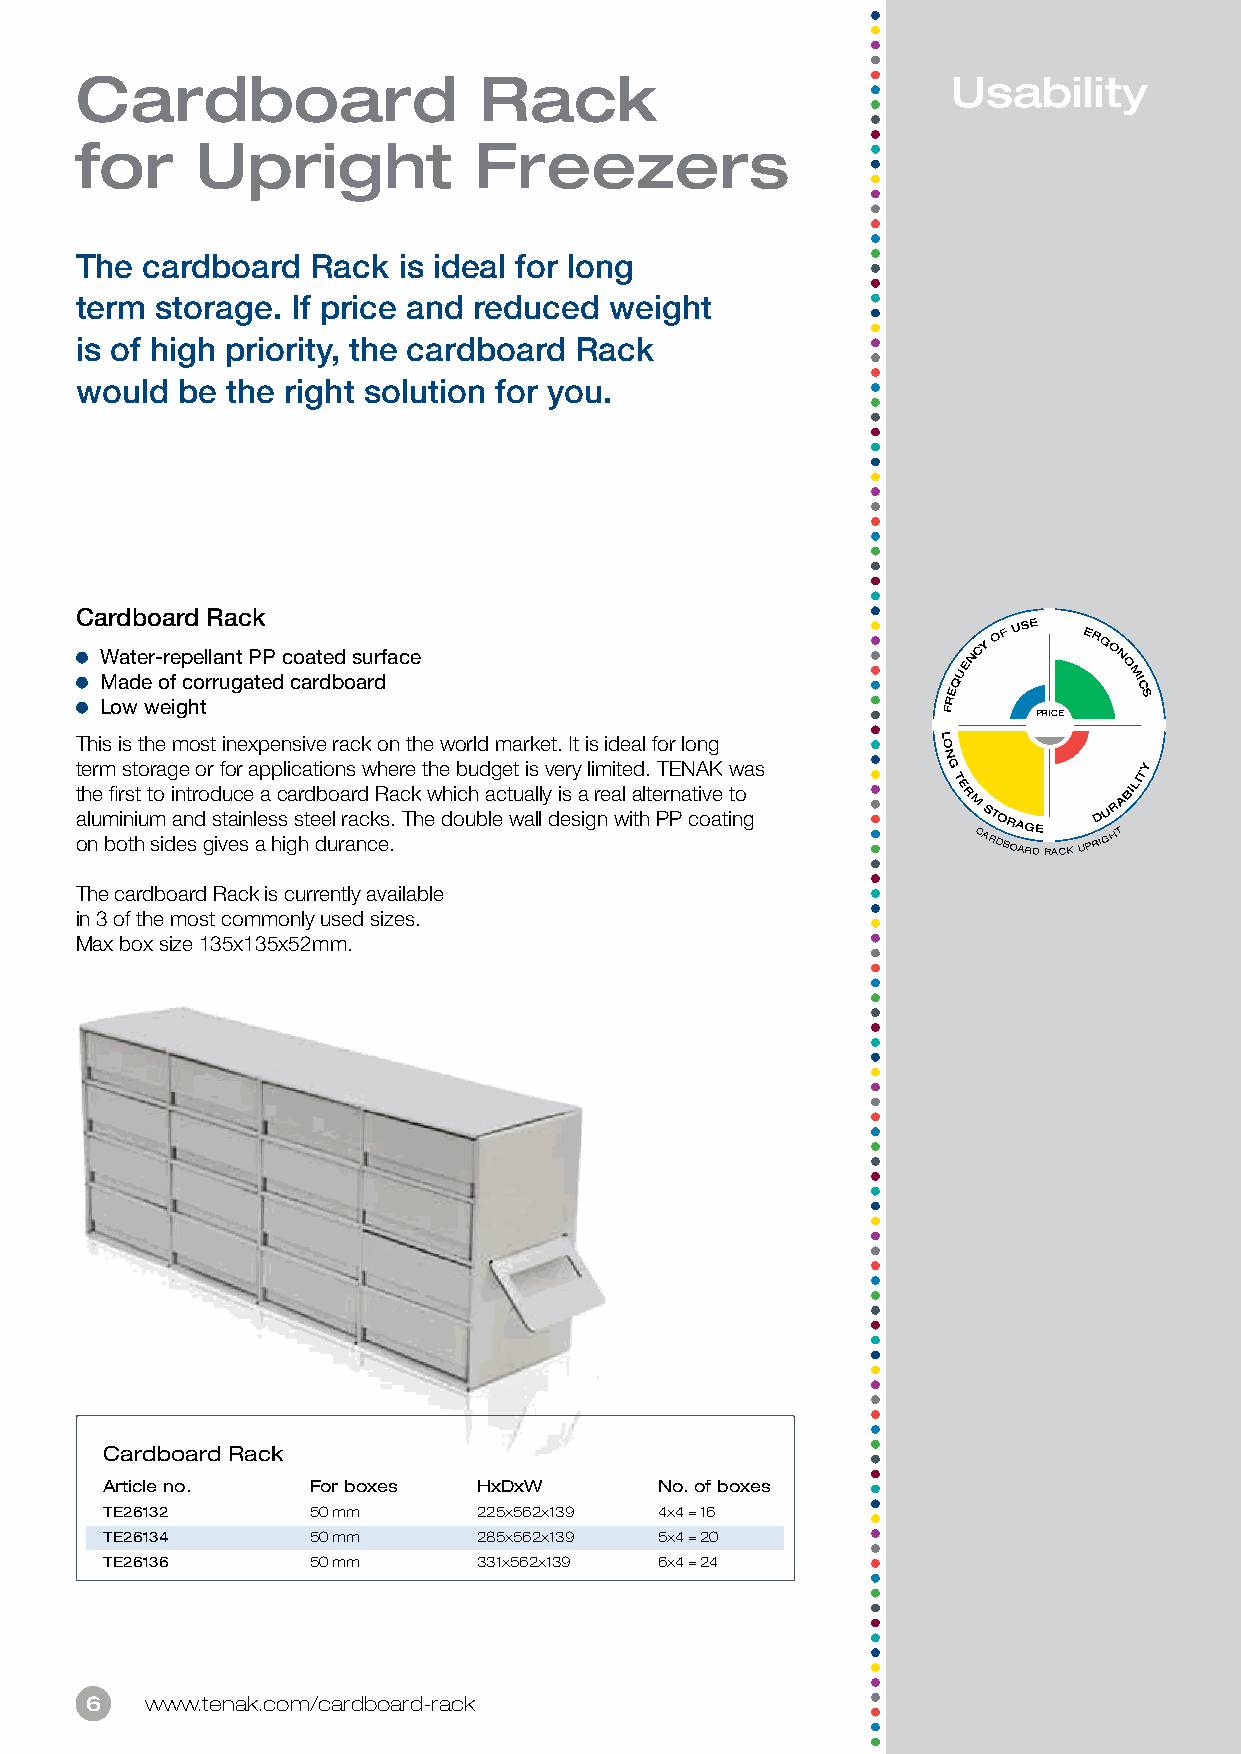
Cardboard                  Rack                           Usability
 for     Upright           Freezers
 The cardboard   Rack is ideal for long
 term storage. If price and reduced weight
 is of high priority, the cardboard Rack
 would  be the right solution for you.
 Cardboard Rack
 W
 M
 Loaa wdte
 e
 wr -
 o
 ere
 f
 ig
 p
 c
 he
 o
 tl rl ra un gt
 a
 P teP
 d
 c co aa rt de bd
 o
 s au rr dface
 REQUENCY
 OF
 USE
 ERG
 O
 N
 O
 M IC
 S
 F      PRICE
 This is the most inexpensive rack on the world market. It is ideal for long L O
 N
 term storage or for applications where the budget is very limited. TENAK was G Y
 t
 a
 oh
 l
 nue
 m
 bfi or ins
 ti
 ht
 u
 t
 m
 so
 id
 i an ent sr
 d
 o
 g
 d
 s
 ivtu
 a
 ec
 i
 sne
 l
 aea
 s
 hc
 s
 iga
 s
 hr td
 e
 db
 e
 uo
 l
 ra
 r
 aar nd
 c c
 kR
 es
 .a
 .
 c Tk
 h
 ew dh oic uh
 b
 a lec t wu aa ll ll y
 d
 i es
 s
 a
 ig
 r ne a wl ia thlt e Pr Pna cti ov ae
 t
 it no
 g
 T
 E
 R
 M C AS RT DO BR OA ARG DE
 RACK
 UPRD IGU HR
 TABILIT
 The cardboard Rack is currently available
 in 3 of the most commonly used sizes.
 Max box size 135x135x52mm.
 Cardboard Rack
 Article no.  For boxes   HxDxW       No. of boxes
 TE26132      50 mm       225x562x139 4x4 = 16
 TE26134      50 mm       285x562x139 5x4 = 20
 TE26136      50 mm       331x562x139 6x4 = 24
 6   www.tenak.com/cardboard-rack